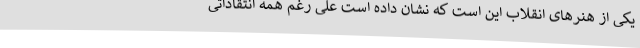
یکی از هنرهای انقلاب این است که نشان داده است علی رغم همه انتقاداتی